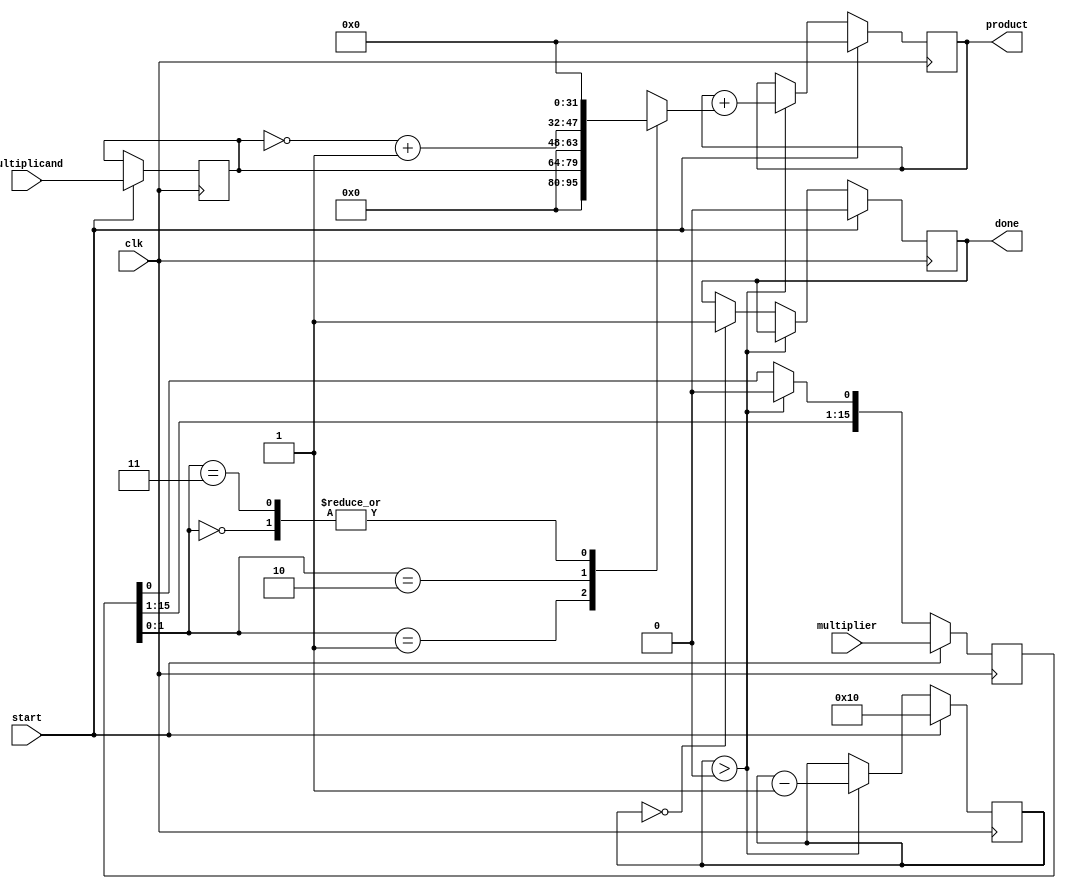
module radix4_multiplier (
    input wire [15:0] multiplicand, // 16-bit multiplicand
    input wire [15:0] multiplier,    // 16-bit multiplier
    input wire clk,                  // Clock signal
    input wire start,                // Start signal
    output reg [31:0] product,       // 32-bit product
    output reg done                  // Done signal
);

    reg [15:0] A;                    // Multiplicand register
    reg [15:0] Q;                    // Multiplier register
    reg [15:0] Q_1;                  // Previous bit of multiplier
    reg [31:0] P;                    // Partial product accumulator
    reg [4:0] count;                 // Count for iterations

    // Booth Encoder
    wire [1:0] booth_code;
    assign booth_code = {Q[1], Q[0]}; // Take two bits from the multiplier

    // Partial Product Generation
    always @(*) begin
        case (booth_code)
            2'b00: P = 32'b0;                     // 0
            2'b01: P = {16'b0, A};                // +A
            2'b10: P = {16'b0, ~A + 1'b1};        // -A (two's complement)
            2'b11: P = 32'b0;                     // 0
            default: P = 32'b0;
        endcase
    end

    // Main operation
    always @(posedge clk) begin
        if (start) begin
            A <= multiplicand;                  // Load multiplicand
            Q <= multiplier;                    // Load multiplier
            Q_1 <= 1'b0;                        // Initialize Q_1
            product <= 32'b0;                   // Clear product
            count <= 5'd16;                     // Set count for 16 iterations
            done <= 1'b0;                       // Clear done signal
        end else if (count > 0) begin
            // Shift left the product
            product <= {product[30:0], 1'b0};   // Shift product left
            product = product + P;               // Add partial product

            // Arithmetic right shift
            Q_1 <= Q[0];                         // Save current LSB
            Q <= {Q[15:1], 1'b0};                // Shift Q right
            count <= count - 1;                 // Decrement count
        end else if (count == 0) begin
            done <= 1'b1;                        // Set done signal
        end
    end
endmodule